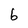
Character: b